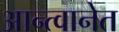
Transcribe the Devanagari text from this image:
आन्त्वानेत